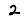
Digit: 2